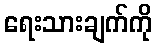
ရေးသားချက်ကို